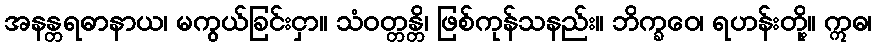
အနန္တရဓာနာယ၊ မကွယ်ခြင်းငှာ။ သံဝတ္တန္တိ၊ ဖြစ်ကုန်သနည်း။ ဘိက္ခဝေ၊ ရဟန်းတို့။ ဣဓ၊